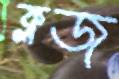
ক্লজ